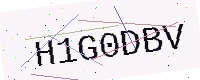
Text: H1G0DBV